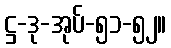
ဋ္ဌ-ဒု-အုပ်-၅၁-၅၂။